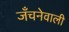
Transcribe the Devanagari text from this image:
जँचनेवाली